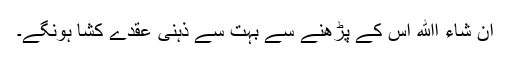
ان شاء اﷲ اس کے پڑھنے سے بہت سے ذہنی عقدے کشا ہونگے۔